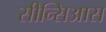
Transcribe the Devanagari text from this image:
सीन्सिआस